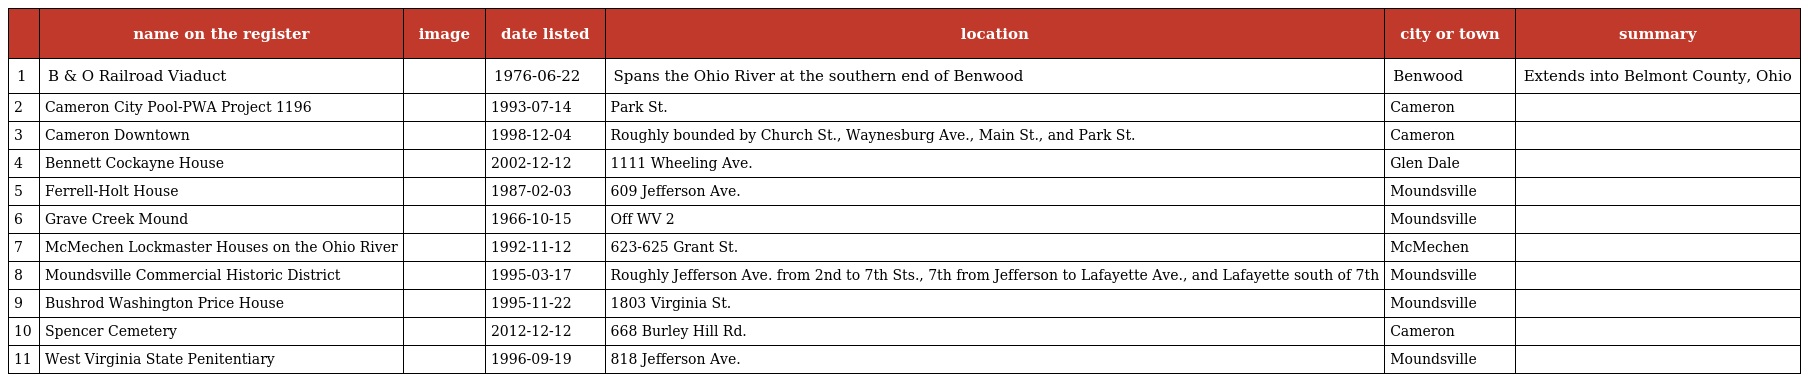
|  | name on the register | image | date listed | location | city or town | summary |
 | --- | --- | --- | --- | --- | --- | --- |
 | 1 | B & O Railroad Viaduct |  | 1976-06-22 | Spans the Ohio River at the southern end of Benwood | Benwood | Extends into Belmont County, Ohio |
 | 2 | Cameron City Pool-PWA Project 1196 |  | 1993-07-14 | Park St. | Cameron |  |
 | 3 | Cameron Downtown |  | 1998-12-04 | Roughly bounded by Church St., Waynesburg Ave., Main St., and Park St. | Cameron |  |
 | 4 | Bennett Cockayne House |  | 2002-12-12 | 1111 Wheeling Ave. | Glen Dale |  |
 | 5 | Ferrell-Holt House |  | 1987-02-03 | 609 Jefferson Ave. | Moundsville |  |
 | 6 | Grave Creek Mound |  | 1966-10-15 | Off WV 2 | Moundsville |  |
 | 7 | McMechen Lockmaster Houses on the Ohio River |  | 1992-11-12 | 623-625 Grant St. | McMechen |  |
 | 8 | Moundsville Commercial Historic District |  | 1995-03-17 | Roughly Jefferson Ave. from 2nd to 7th Sts., 7th from Jefferson to Lafayette Ave., and Lafayette south of 7th | Moundsville |  |
 | 9 | Bushrod Washington Price House |  | 1995-11-22 | 1803 Virginia St. | Moundsville |  |
 | 10 | Spencer Cemetery |  | 2012-12-12 | 668 Burley Hill Rd. | Cameron |  |
 | 11 | West Virginia State Penitentiary |  | 1996-09-19 | 818 Jefferson Ave. | Moundsville |  |